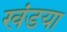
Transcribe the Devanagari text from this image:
खंडया